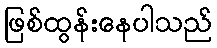
ဖြစ်ထွန်းနေပါသည်